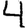
Digit: 4